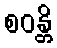
စဝန္တိ